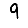
Digit: 9